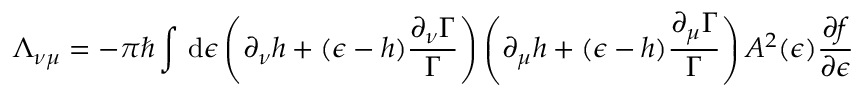
\Lambda _ { \nu \mu } = - \pi \hbar \int \mathop { } \mathrm { d } \epsilon \left( \partial _ { \nu } h + ( \epsilon - h ) \frac { \partial _ { \nu } \Gamma } { \Gamma } \right) \left( \partial _ { \mu } h + ( \epsilon - h ) \frac { \partial _ { \mu } \Gamma } { \Gamma } \right) A ^ { 2 } ( \epsilon ) \frac { \partial f } { \partial \epsilon }